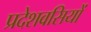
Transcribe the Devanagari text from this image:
प्रदेशवसियों